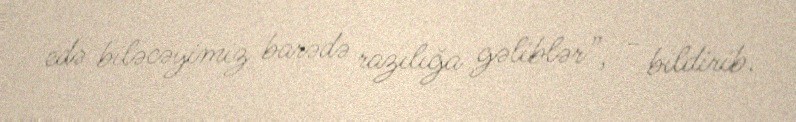
edə biləcəyimiz barədə razılığa gəliblər”, - bildirib.